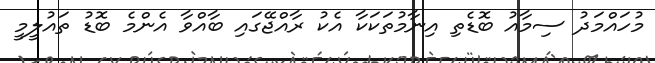
މުހައްމަދު ސިމާއު ބޮޑެތި އިނާމުތަކަކާ އެކު ރާއްޖޭގައި ބާއްވާ އެންމެ ބޮޑު ތައުލީމީ